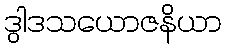
ဒွါဒသယောဇနိယာ